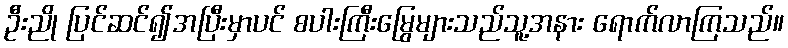
ဦးညို ပြင်ဆင်၍အပြီးမှာပင် စပါးကြီးမြွေများသည်သူ့အနား ရောက်လာကြသည်။